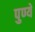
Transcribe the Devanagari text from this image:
पुण्ये